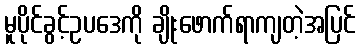
မူပိုင်ခွင့်ဥပဒေကို ချိုးဖောက်ရာကျတဲ့အပြင်